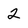
Character: 2